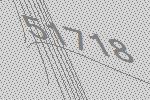
51718